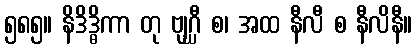
၅၈၅။ နိဒိဒ္ဓိကာ တု ဗျဂ္ဃီ စ၊ အထ နီလီ စ နီလိနီ။